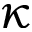
\kappa